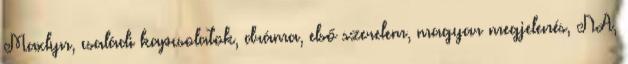
Maxlyn, családi kapcsolatok, dráma, első szerelem, magyar megjelenés, NA,